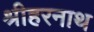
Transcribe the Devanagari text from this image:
श्रीहरनाथ